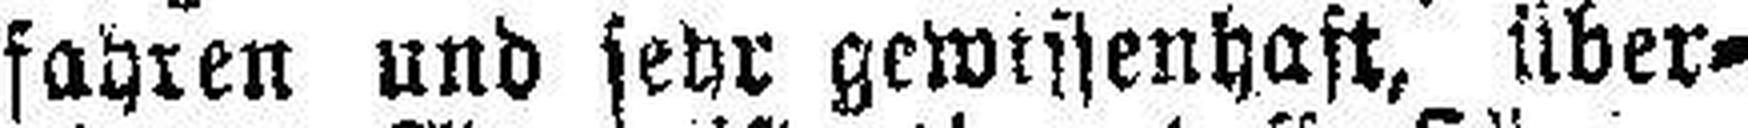
fahren und sehr gewissenhaft, über¬